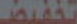
تخفيض